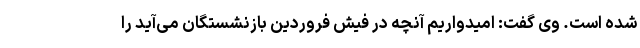
شده است. وی گفت: امیدواریم آنچه در فیش فروردین بازنشستگان می‌آید را